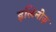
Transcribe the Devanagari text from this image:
इलिनोज़